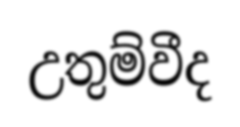
උතුම්වීද